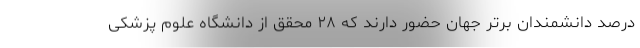
درصد دانشمندان برتر جهان حضور دارند که ۲۸ محقق از دانشگاه علوم پزشکی